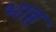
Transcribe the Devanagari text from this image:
भाह